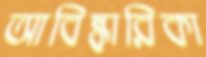
আবিষ্কারিকা